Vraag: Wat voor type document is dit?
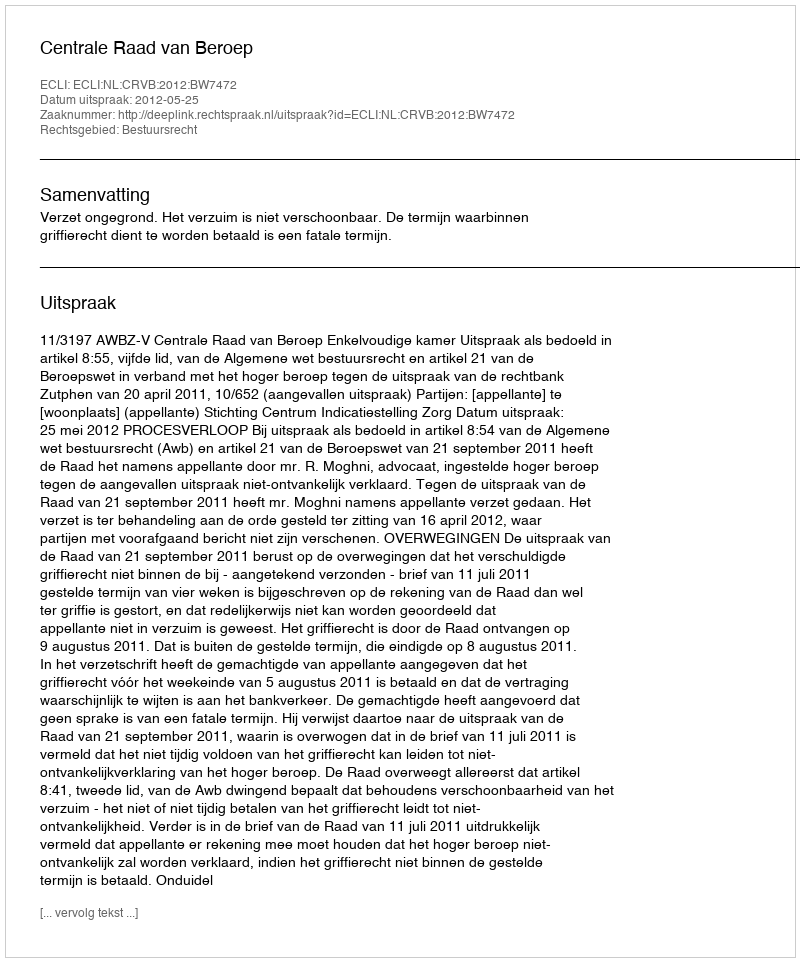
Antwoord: Uitspraak